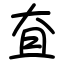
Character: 㚗